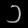
Digit: ၁